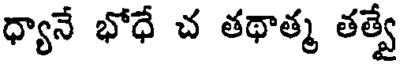
ధ్యానే భోధే చ తథాత్మ తత్వే